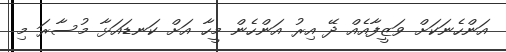
އަންހެނަކަށް ވަޒީފާއެއް ދޭ އިރު އަންހެން މީހާ އަށް ކަނޑައަޅާ މުސާރަ މި